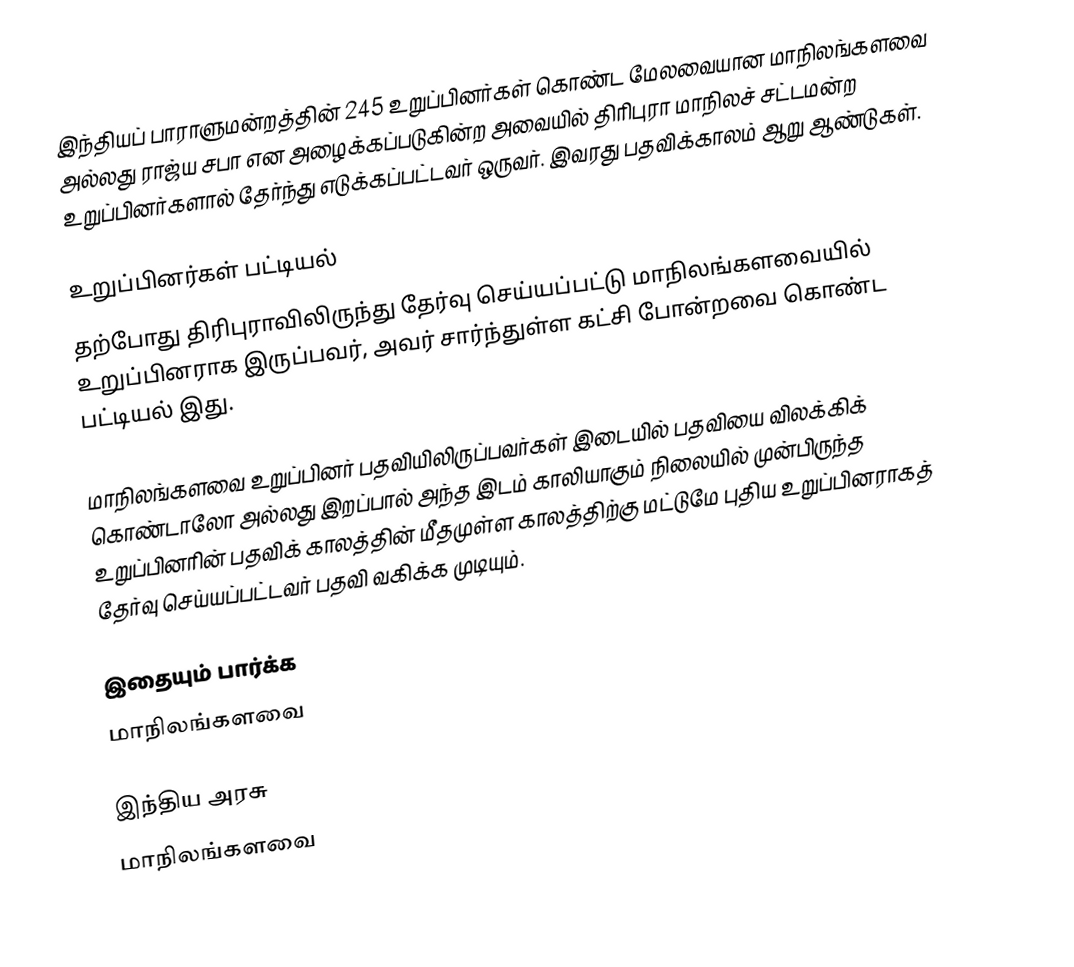
இந்தியப் பாராளுமன்றத்தின் 245 உறுப்பினர்கள் கொண்ட மேலவையான மாநிலங்களவை அல்லது ராஜ்ய சபா  என அழைக்கப்படுகின்ற அவையில் திரிபுரா மாநிலச் சட்டமன்ற உறுப்பினர்களால் தேர்ந்து எடுக்கப்பட்டவர் ஒருவர். இவரது பதவிக்காலம் ஆறு ஆண்டுகள்.

உறுப்பினர்கள் பட்டியல்
தற்போது திரிபுராவிலிருந்து தேர்வு செய்யப்பட்டு மாநிலங்களவையில் உறுப்பினராக இருப்பவர், அவர் சார்ந்துள்ள கட்சி போன்றவை கொண்ட பட்டியல் இது.

 மாநிலங்களவை உறுப்பினர் பதவியிலிருப்பவர்கள் இடையில் பதவியை விலக்கிக் கொண்டாலோ அல்லது இறப்பால் அந்த இடம் காலியாகும் நிலையில் முன்பிருந்த உறுப்பினரின் பதவிக் காலத்தின் மீதமுள்ள காலத்திற்கு மட்டுமே புதிய உறுப்பினராகத் தேர்வு செய்யப்பட்டவர் பதவி வகிக்க முடியும்.

இதையும் பார்க்க
மாநிலங்களவை

இந்திய அரசு
மாநிலங்களவை